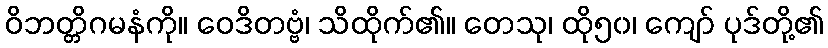
ဝိဘတ္တိဂမနံကို။ ဝေဒိတဗ္ဗံ၊ သိထိုက်၏။ တေသု၊ ထို၅၀၊ ကျော် ပုဒ်တို့၏